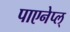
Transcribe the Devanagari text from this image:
पाएनेप्ल्